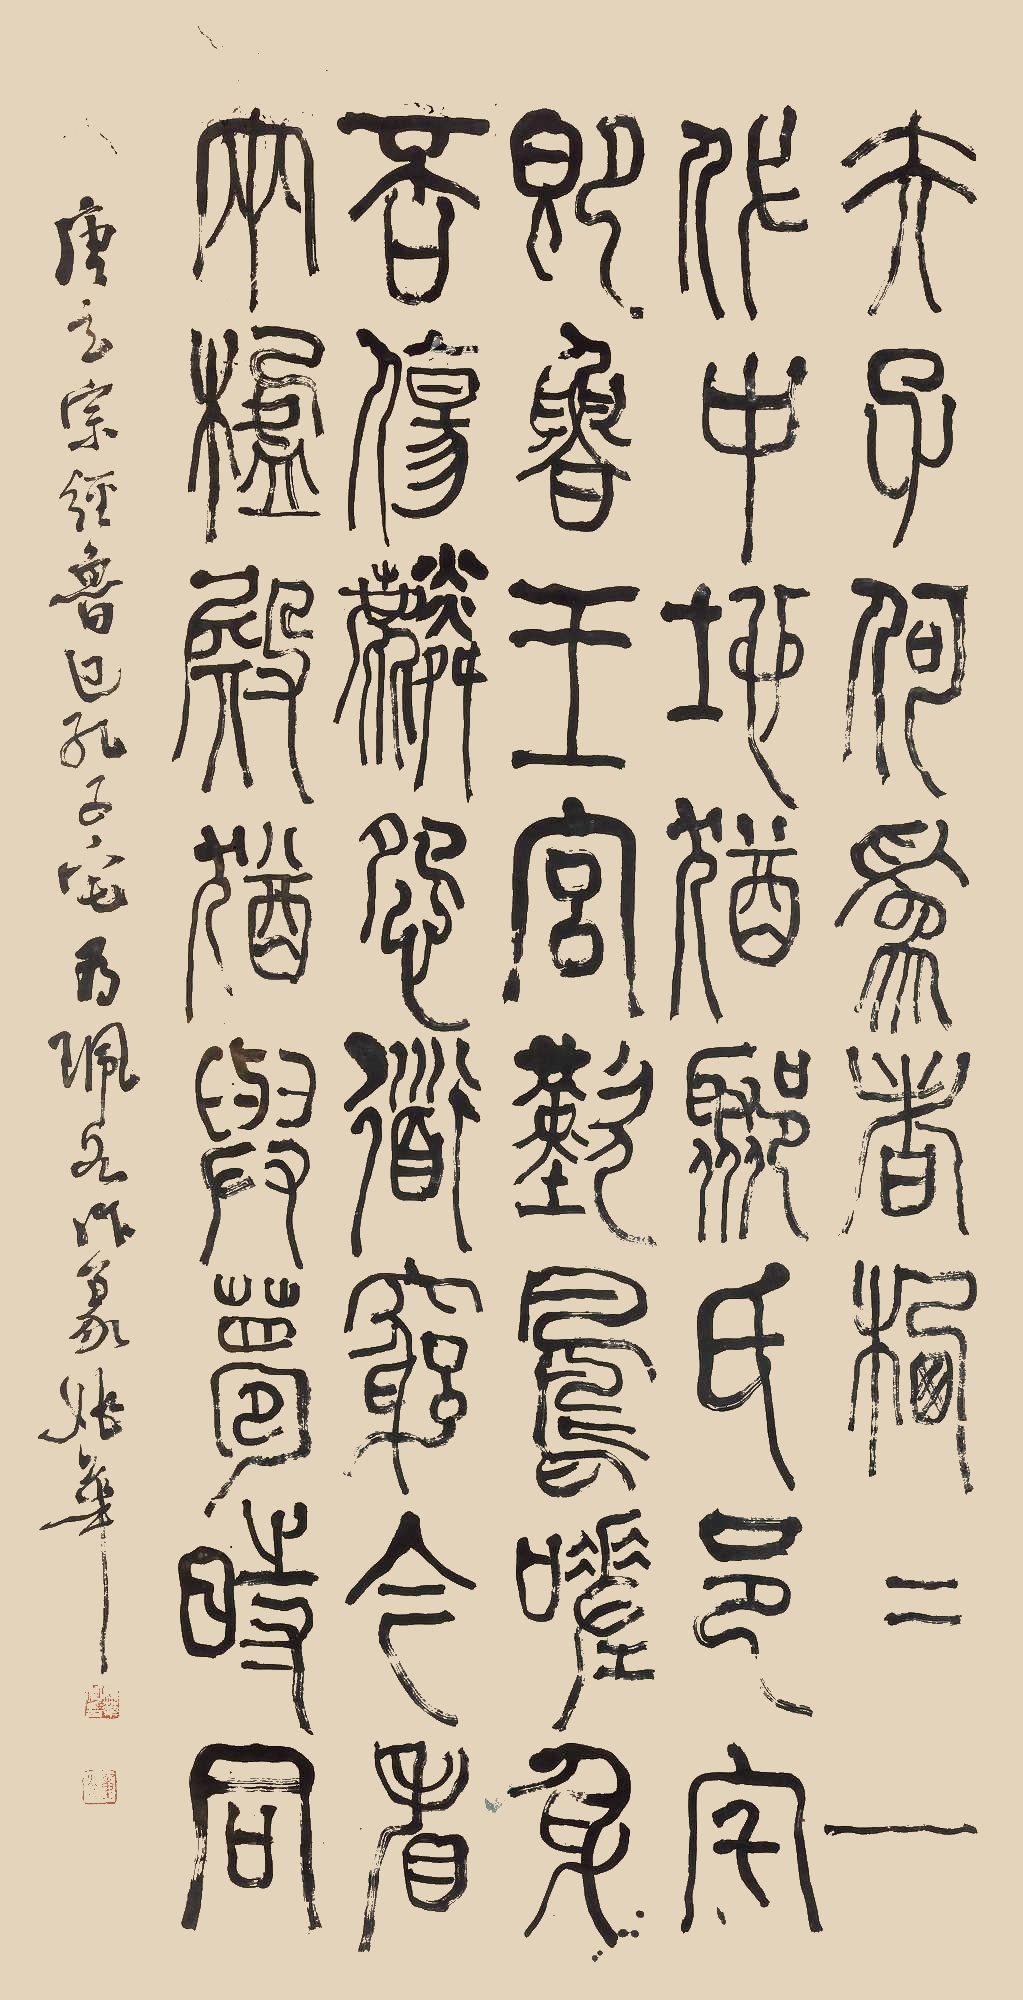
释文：夫子何为者，栖栖一代中。地犹鄹氏邑，宅即鲁王宫。叹凤嗟身否，伤麟怨道穷。今看两楹奠，犹与梦时同。唐玄宗《经鲁地孔子宅》为珮如作篆，姚华。